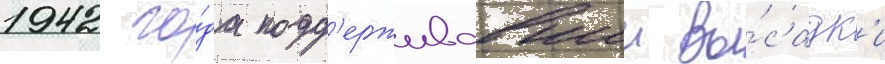
1942 го́да подд'ерживавшии вы́садк'и